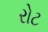
રોટ